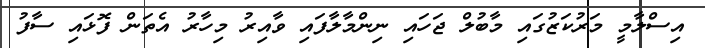
އިސްލާމީ މަރުކަޒުގައި މާބުލް ޖަހައި ނިންމާލާފައި ވާއިރު މިހާރު އެތަން ފޮޅައި ސާފު